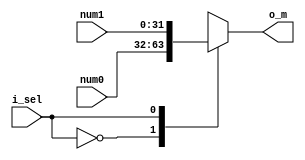
module mux
#(parameter N = 32)
(
    input i_sel,
    input [N-1:0]num0,num1,
    output [N-1:0]o_m
);
reg [N-1:0]m_r;
assign o_m=m_r;
always@(*)begin
    case (i_sel)
        1'd0: m_r=num0;
        1'd1: m_r=num1;
        default: begin end
    endcase
end
endmodule